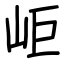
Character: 岠